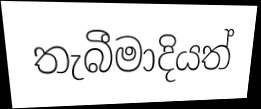
තැබීමාදියත්